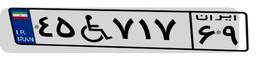
۴۵W۷۱۷۶۹